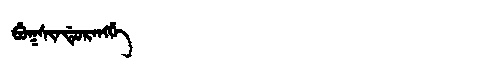
Manchu: ᠪᡠᡴᠰᡳᠨᡩᡠᡵᡝᠩᡤᡝ
Romanization: BUKSINDURENGGE